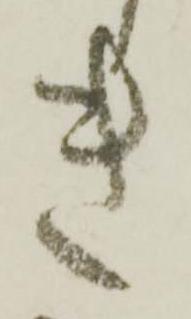
き